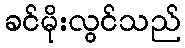
ခင်မိုးလွင်သည်